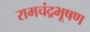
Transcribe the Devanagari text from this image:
रामचंद्रभूषण